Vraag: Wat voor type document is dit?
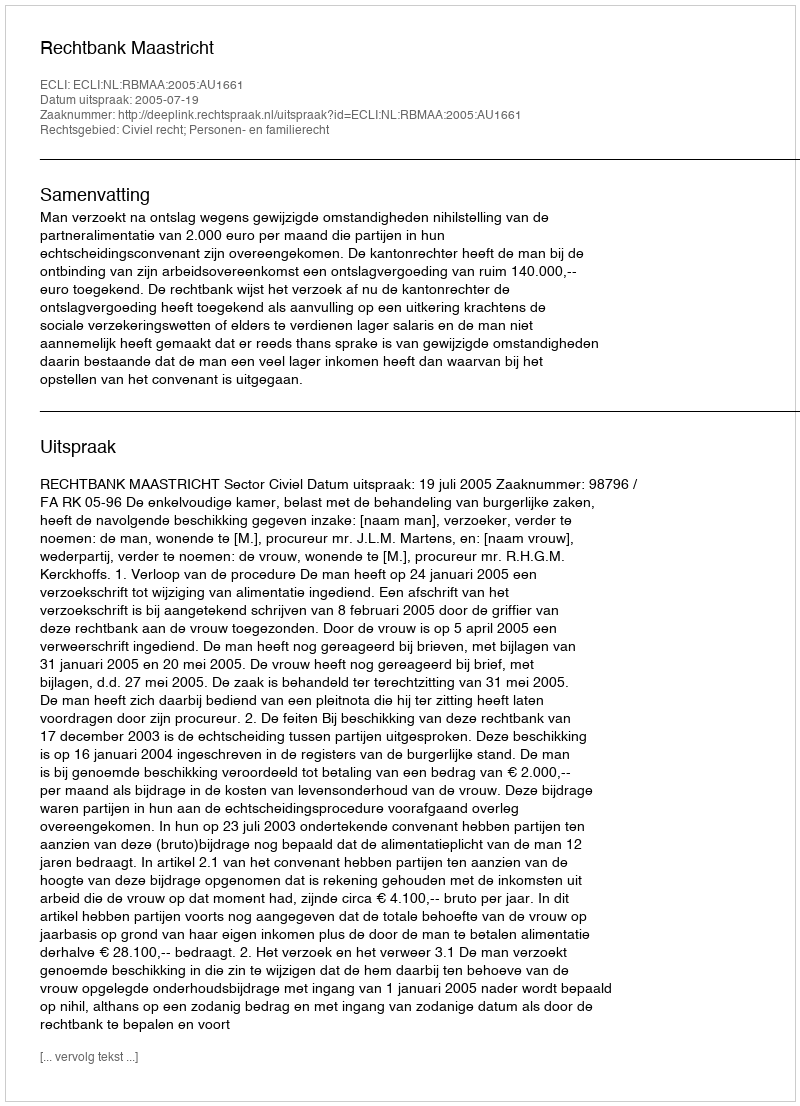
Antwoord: Uitspraak